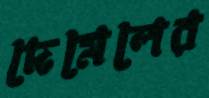
দেমেলের